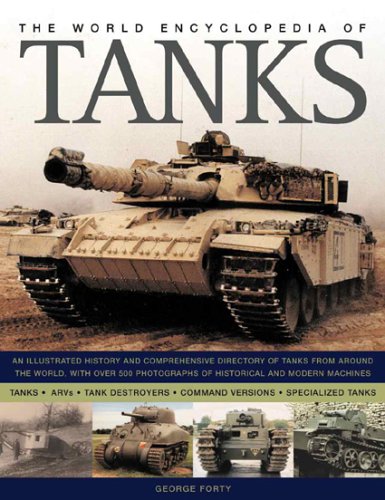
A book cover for The World Encyclopedia of Tanks: An Illustrated History and Comprehensive Directory of Tanks Around the world, with over 700 photographs of historical ... 17V Sturmpanzerwagen to the Vickers MK7 MBT; George Forty; Reference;